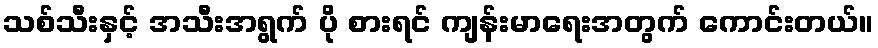
သစ်သီးနှင့် အသီးအရွက် ပို စားရင် ကျန်းမာရေးအတွက် ကောင်းတယ်။